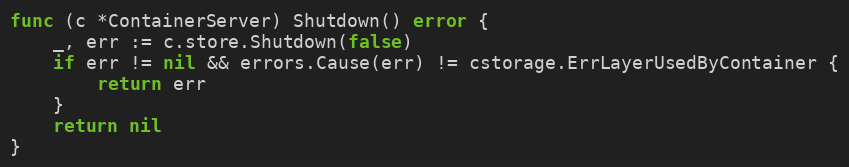
Language: Go
func (c *ContainerServer) Shutdown() error {
	_, err := c.store.Shutdown(false)
	if err != nil && errors.Cause(err) != cstorage.ErrLayerUsedByContainer {
		return err
	}
	return nil
}